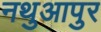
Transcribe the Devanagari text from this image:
नथुआपुर